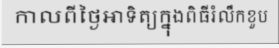
កាលពីថ្ងៃអាទិត្យក្នុងពិធីរំលឹកខួប